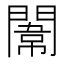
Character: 𨵾